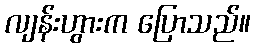
လျန်းဟွားက ပြောသည်။